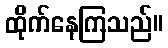
ထိုက်နေကြသည်။